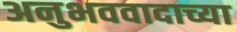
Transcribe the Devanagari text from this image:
अनुभववादाच्या